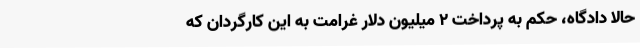
حالا دادگاه، حکم به پرداخت ۲ میلیون دلار غرامت به این کارگردان که